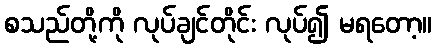
စသည်တို့ကို လုပ်ချင်တိုင်း လုပ်၍ မရတော့။